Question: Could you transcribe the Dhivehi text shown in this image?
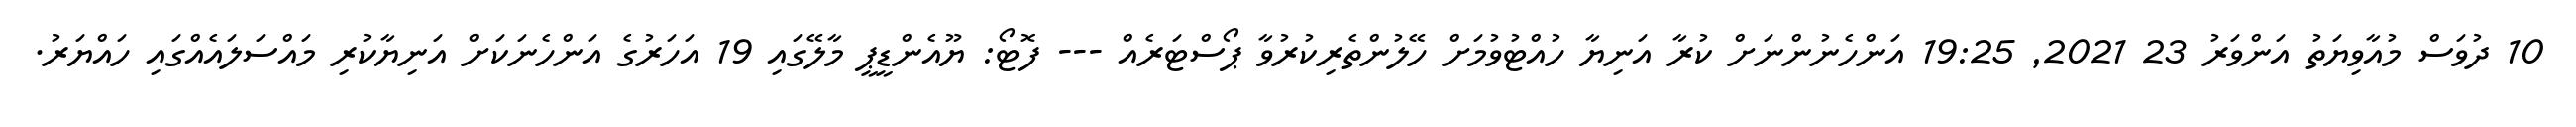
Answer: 10 ދުވަސް މުއާވިޔަތު އަންވަރު 23 2021, 19:25 އަންހެނުންނަށް ކުރާ އަނިޔާ ހުއްޓުވުމަށް ހޭލުންތެރިކުރުވާ ޕޯސްޓަރެއް --- ފޮޓޯ: ޔޫއެންޑީޕީ މާލޭގައި 19 އަހަރުގެ އަންހެނަކަށް އަނިޔާކުރި މައްސަލައެއްގައި ހައްޔަރު.